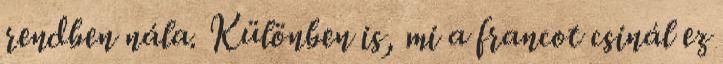
rendben nála. Különben is, mi a francot csinál ez